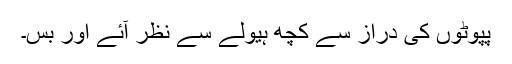
پپوٹوں کی دراز سے کچھ ہیولے سے نظر آئے اور بس۔